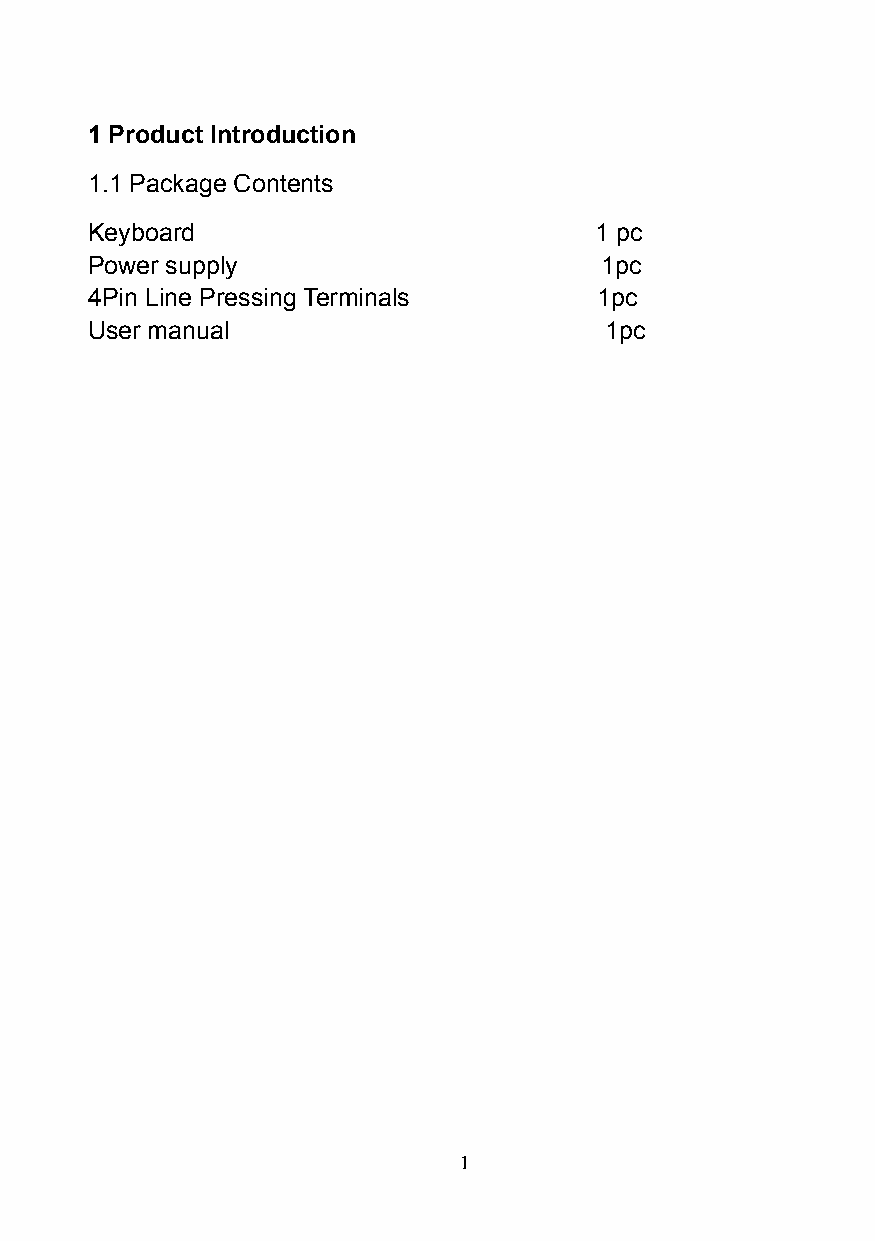
1 Product Introduction
 1.1 Package Contents
 Keyboard                         1 pc
 Power supply                      1pc
 4Pin Line Pressing Terminals      1pc
 User manual                       1pc
 1